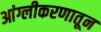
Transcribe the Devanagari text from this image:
आंग्लीकरणातून